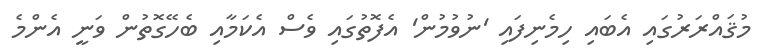
މުޤައްރަރުގައި އެބައި ހިމެނިފައި 'ނުވުމުން' އެފޮތުގައި ވެސް އެކަމާއި ބެހޭގޮތުން ވަނީ އެންމެ